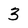
Character: 3